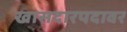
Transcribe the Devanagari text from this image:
खासदारपदावर